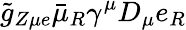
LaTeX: \tilde{g}_{Z\mu e}\bar{\mu}_{R}\gamma^{\mu}D_{\mu}e_{R}